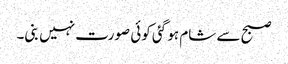
صبح سے شام ہو گئی کوئی صورت نہیں بنی۔